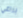
براغي